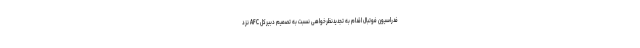
فدراسیون فوتبال اقدام به تجدیدنظرخواهی نسبت به تصمیم دبیرکل AFC نزد